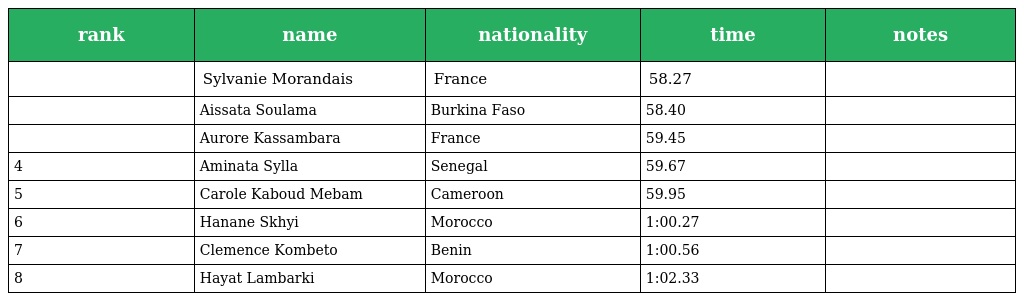
| rank | name | nationality | time | notes |
 | --- | --- | --- | --- | --- |
 |  | Sylvanie Morandais | France | 58.27 |  |
 |  | Aissata Soulama | Burkina Faso | 58.40 |  |
 |  | Aurore Kassambara | France | 59.45 |  |
 | 4 | Aminata Sylla | Senegal | 59.67 |  |
 | 5 | Carole Kaboud Mebam | Cameroon | 59.95 |  |
 | 6 | Hanane Skhyi | Morocco | 1:00.27 |  |
 | 7 | Clemence Kombeto | Benin | 1:00.56 |  |
 | 8 | Hayat Lambarki | Morocco | 1:02.33 |  |